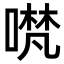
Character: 𭊃